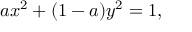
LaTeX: a x ^ { 2 } + ( 1 - a ) y ^ { 2 } = 1 ,